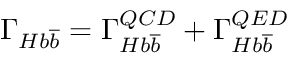
\Gamma _ { H b \overline { { { b } } } } = \Gamma _ { H b \overline { { { b } } } } ^ { Q C D } + \Gamma _ { H b \overline { { { b } } } } ^ { Q E D }